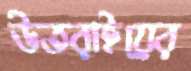
উতরাইয়ের